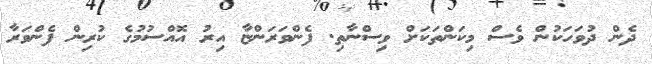
ދެން ދުވަހަކުން ވެސް މިކަންތަކަށް ވިސްނާތި. ފެންވަރަންޏާ އިރު އޮއްސުމުގެ ކުރިން ފެންވަރާ